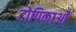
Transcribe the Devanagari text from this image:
टोपिकाओं